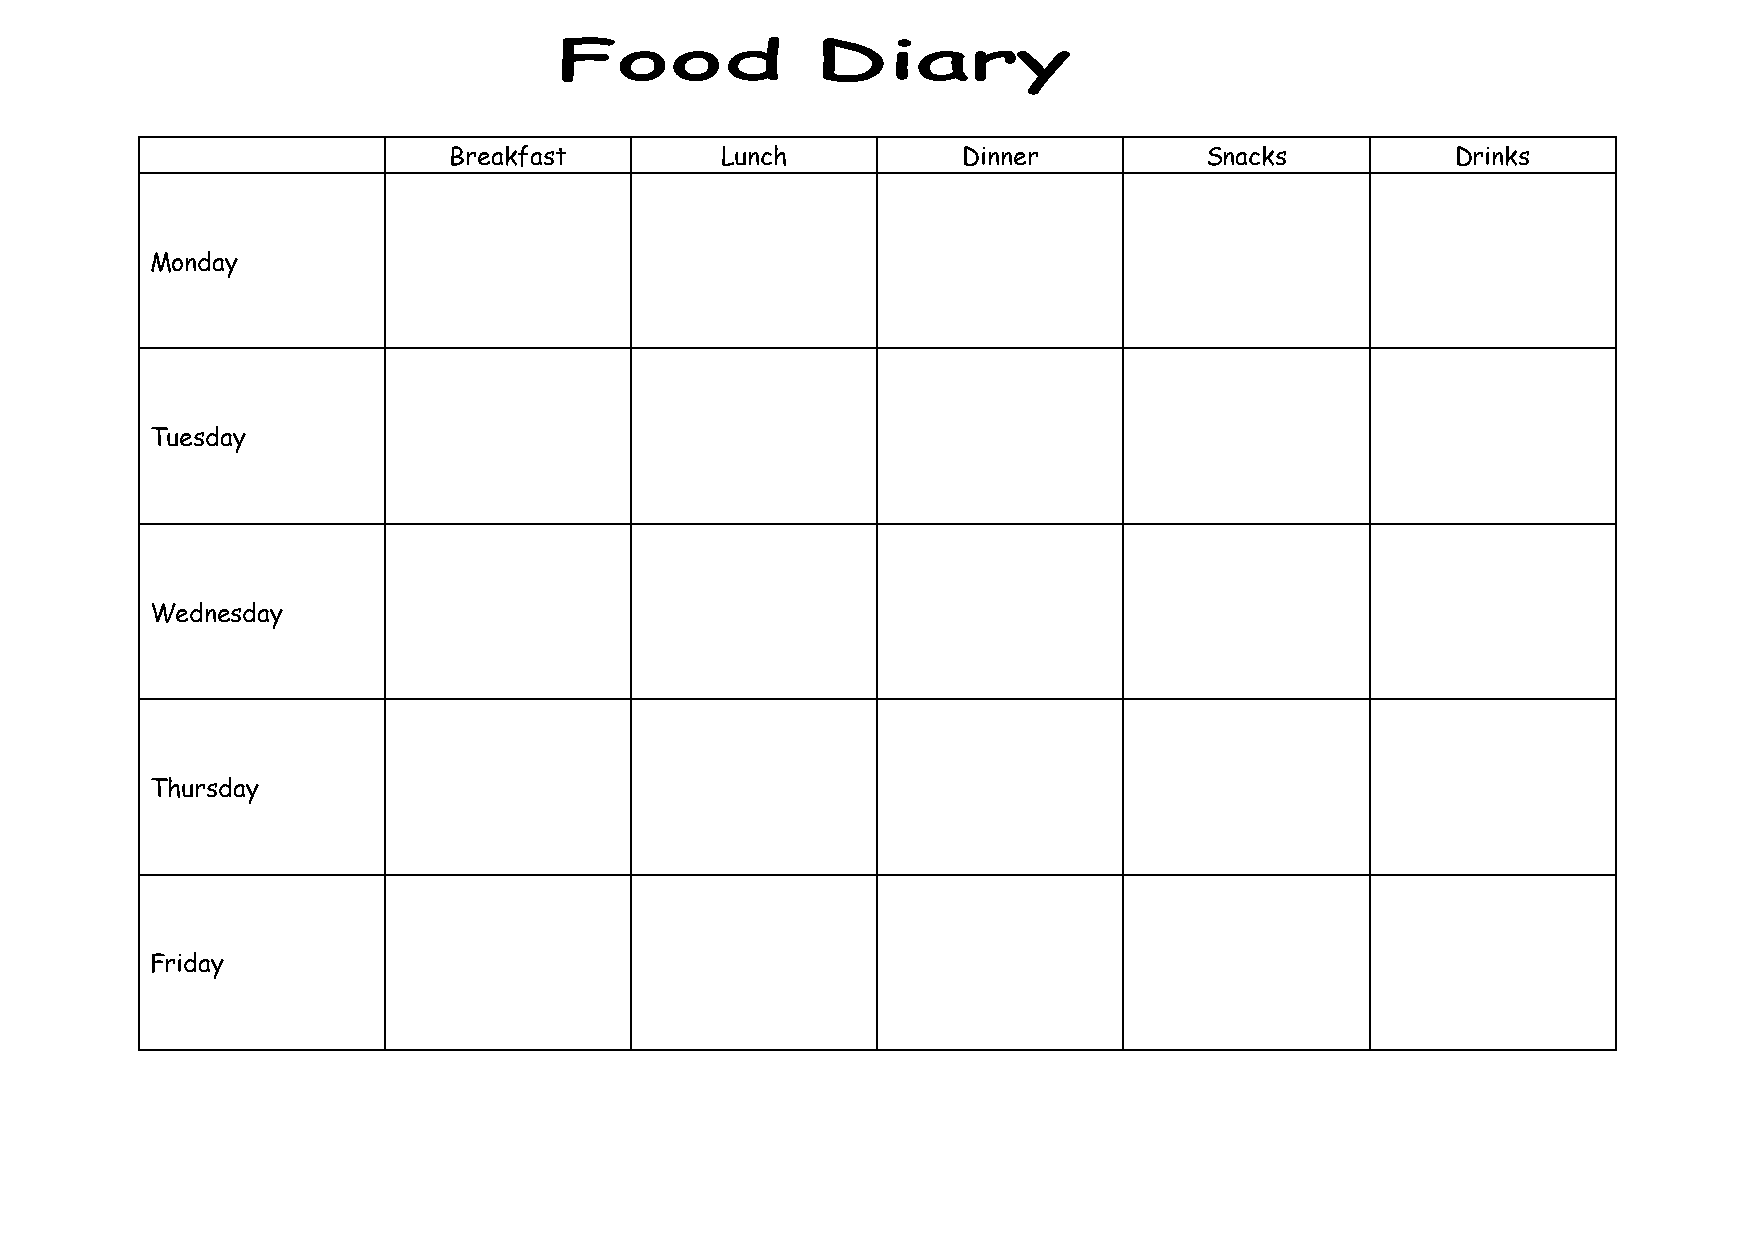
Breakfast         Lunch           Dinner          Snacks          Drinks
 Monday
 Tuesday
 Wednesday
 Thursday
 Friday